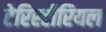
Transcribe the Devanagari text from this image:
टेरिस्टीरियल